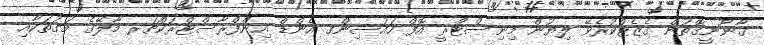
ޤާނޫނީގޮތުން ގެޒެޓްކުރެވޭ ލިޔުން މިނިސްޓްރީ އޮފް ހައުސިންގ އެންޑް އިންފްރާސްޓްރަކްޗަރ މާލޭގެ މަގުތަކާއި